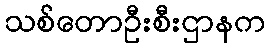
သစ်တောဦးစီးဌာနက